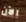
الآن